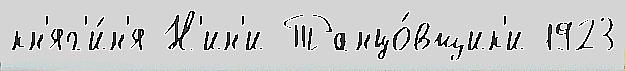
кн'яг'и́н'я Н'ин'и Танцо́вщик'и 1923